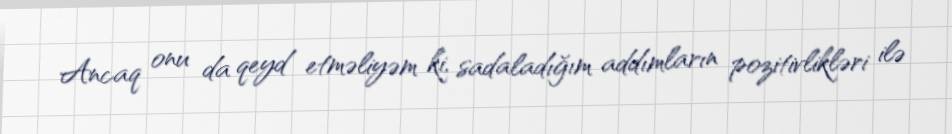
Ancaq onu da qeyd etməliyəm ki, sadaladığım addımların pozitivlikləri ilə